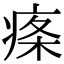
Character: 𤶫